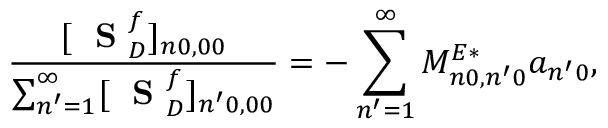
\frac { [ \mathrm { ~ \bf ~ S ~ } _ { D } ^ { f } ] _ { n 0 , 0 0 } } { \sum _ { n ^ { \prime } = 1 } ^ { \infty } [ \mathrm { ~ \bf ~ S ~ } _ { D } ^ { f } ] _ { n ^ { \prime } 0 , 0 0 } } = - \sum _ { n ^ { \prime } = 1 } ^ { \infty } M _ { n 0 , n ^ { \prime } 0 } ^ { E * } a _ { n ^ { \prime } 0 } ,